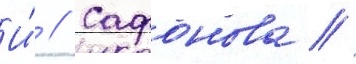
И́ // Сафонова /